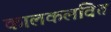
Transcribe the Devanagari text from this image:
कालकलवित